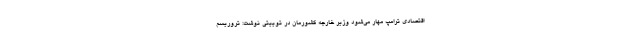
اقتصادی ترامپ مهار می‌شود وزیر خارجه کشورمان در توییتی نوشت: تروریسم